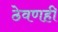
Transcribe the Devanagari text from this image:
ठेवणही